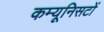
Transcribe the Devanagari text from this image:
कम्यूनिसटों